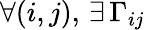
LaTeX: \forall(i,j),\, \exists\, \Gamma_{ij}